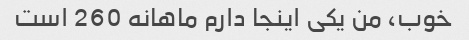
خوب، من یکی اینجا دارم ماهانه 260 است